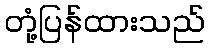
တုံ့ပြန်ထားသည်